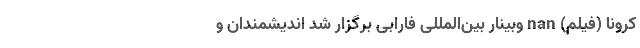
کرونا (فیلم) nan وبینار بین‌المللی فارابی برگزار شد اندیشمندان و